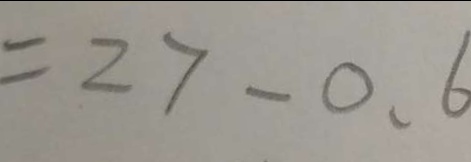
= 2 7 - 0 . 6